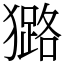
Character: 𤢊